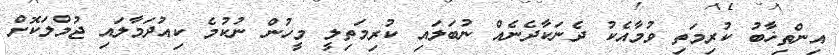
އިންތިޚާބު ކުރިމަތި ވުމާއެކު ދެނަކާދެނެއް ނުބަލައި ކުރިމަތިލީ މީހުން ނުކުމެ ކިއުދަމާލައި ޖުމްލަކޮށް